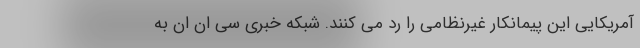
آمریکایی این پیمانکار غیرنظامی را رد می کنند. شبکه خبری سی ان ان به